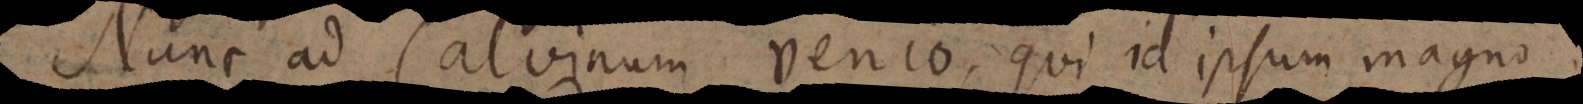
Nunc ad Calvinum venio, qui id ipsum magno